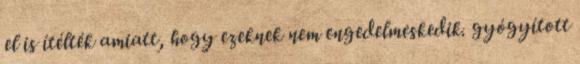
el is ítélték amiatt, hogy ezeknek nem engedelmeskedik. gyógyított